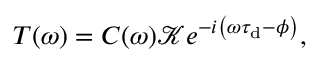
T ( \omega ) = C ( \omega ) \mathcal { K } e ^ { - i \left( \omega \tau _ { \mathrm { d } } - \phi \right) } ,